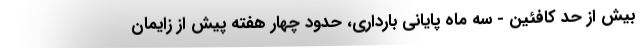
بیش از حد کافئین - سه ماه پایانی بارداری، حدود چهار هفته پیش از زایمان